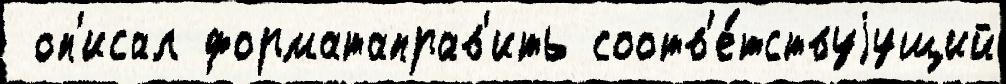
 оп'исал форматаправ'ить соотв'е́тствуjущий